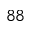
^ { 8 8 }